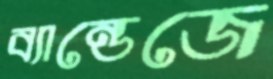
ব্যান্ডেজে